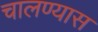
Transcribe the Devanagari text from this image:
चालण्यास